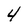
Character: 4